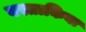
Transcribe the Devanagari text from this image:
बस्ताकिया